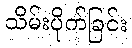
သိမ်းပိုက်ခြင်း